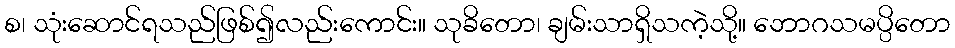
စ၊ သုံးဆောင်ရသည်ဖြစ်၍လည်းကောင်း။ သုခိတော၊ ချမ်းသာရှိသကဲ့သို့။ ဘောဂသမပ္ပိတော